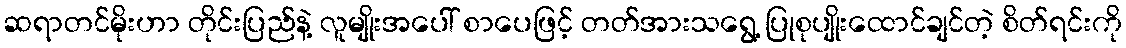
ဆရာတင်မိုးဟာ တိုင်းပြည်နဲ့ လူမျိုးအပေါ် စာပေဖြင့် တတ်အားသရွေ့ ပြုစုပျိုးထောင်ချင်တဲ့ စိတ်ရင်းကို